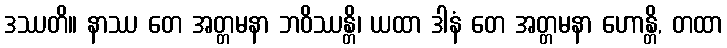
ဒဿတိ။ နာဿ တေ အတ္တမနာ ဘဝိဿန္တိ၊ ယထာ ဒါနံ တေ အတ္တမနာ ဟောန္တိ, တထာ